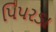
પિપરડા